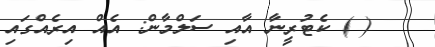
(@) ކެޓުރީނާ އާއި ސަލްމާން: އެއް އިރެއްގައި